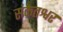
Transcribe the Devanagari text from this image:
संकेतश्वर